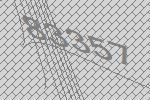
83357